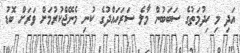
އަދި މި ހިދުމަތުގެ ސަބަބުން މާލެ ސަރަހައްދުގެ ކުނި މެނޭޖްކުރުމަށް ވަރަށް ބޮޑު